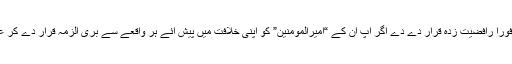
اس کے مقابلے پر دوسرا گروہ آپ کو فوراً رافضیت زدہ قرار دے دے اگر آپ ان کے “امیرالمومنین” کو اپنی خلافت میں پیش آئے ہر واقعے سے بری الزمہ قرار دے کر عنداللہ مغفور و ماجور قرار نہ دے دیں۔